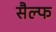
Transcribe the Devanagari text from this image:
सैल्फ